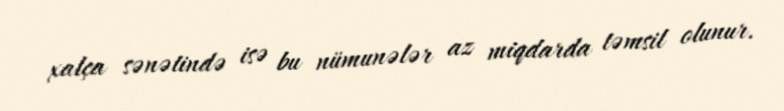
xalça sənətində isə bu nümunələr az miqdarda təmsil olunur.